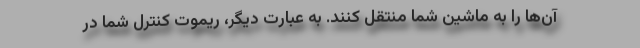
آن‌ها را به ماشین شما منتقل کنند. به عبارت دیگر، ریموت کنترل شما در